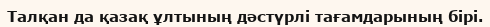
Талқан да қазақ ұлтының дәстүрлі тағамдарының бірі.